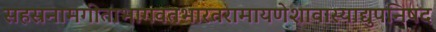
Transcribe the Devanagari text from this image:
सहस्रनामगीताभागवतभारतरामायणेशावास्याद्युपनिषद